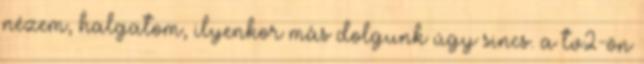
nézem, halgatom, ilyenkor más dolgunk úgy sincs. a tv2-ön